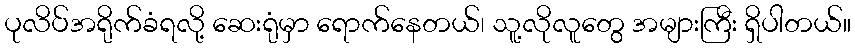
ပုလိပ်အရိုက်ခံရလို့ ဆေးရုံမှာ ရောက်နေတယ်၊ သူ့လိုလူတွေ အများကြီး ရှိပါတယ်။